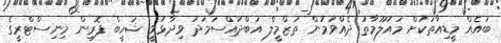
ބައެއް މީޑިއާތަކަށް މައުލޫމާތު ދެއްވަމުން ތަޒްމީލް އަބްދުއްސަމަދު ވިދާޅުވީ ޝަހީބް ފޮރިން މިނިސްޓްރީގެ